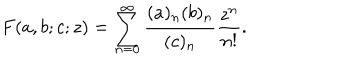
F ( a , b ; c ; z ) = \sum _ { n = 0 } ^ { \infty } { \frac { ( a ) _ { n } ( b ) _ { n } } { ( c ) _ { n } } } { \frac { z ^ { n } } { n ! } } .